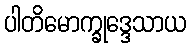
ပါတိမောက္ခုဒ္ဒေသာယ